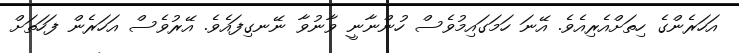
އަހަރެންގެ ހިތަށްއެރިއެވެ. އޭނަ ހަމަގައިމުވެސް ހުންނާނީ ވާނުވާ ނޭނގިފައެވެ. އޭރުވެސް އަހަރެން ފަހަތަށް